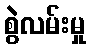
စွဲလမ်းမှု